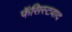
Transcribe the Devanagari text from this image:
फॅसिस्टवाद